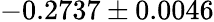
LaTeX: -0.2737\pm 0.0046